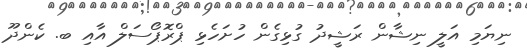
ނިޔަމި އަލީ ނިޝާން ރަޝީދު ގުޅިގެން ހުށަހެޅި ޕްރޮޕޯސަލް އާއި ބ. ކެންދޫ